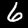
Digit: 6